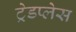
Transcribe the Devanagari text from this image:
ट्रेडप्लेस